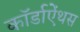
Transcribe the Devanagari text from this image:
कॉर्डाऐंथस